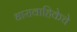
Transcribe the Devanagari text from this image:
धारावाहिकेचे